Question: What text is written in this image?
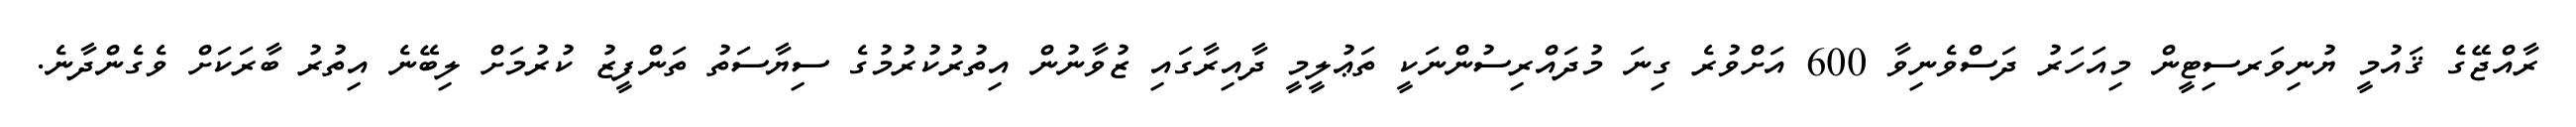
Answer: ރާއްޖޭގެ ޤައުމީ ޔުނިވަރސިޓީން މިއަހަރު ދަސްވެނިވާ 600 އަށްވުރެ ގިނަ މުދައްރިސުންނަކީ ތަޢުލީމީ ދާއިރާގައި ޒުވާނުން އިތުރުކުރުމުގެ ސިޔާސަތު ތަންފީޒު ކުރުމަށް ލިބޭނެ އިތުރު ބާރަކަށް ވެގެންދާނެ.